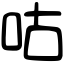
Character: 咕